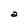
Character: a